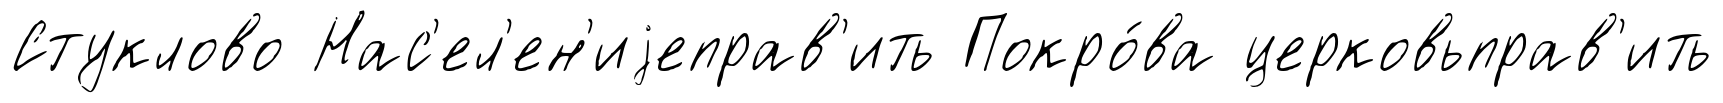
Стуклово Нас'ел'ен'иjеправ'ить Покро́ва церковьправ'ить